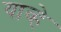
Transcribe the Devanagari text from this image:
याव्‍हे